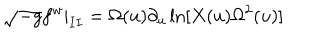
\sqrt { - g } f ^ { w } | _ { I I } = \Omega ( u ) \partial _ { u } \ln [ X ( u ) \Omega ^ { 2 } ( u ) ]